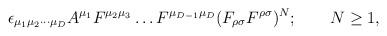
LaTeX: \begin{align*}\epsilon_{\mu_1\mu_2\cdots\mu_D}A^{\mu_1}F^{\mu_2\mu_3}\ldots F^{\mu_{D-1}\mu_D}(F_{\rho\sigma}F^{\rho\sigma})^N; \qquad N \geq 1,\end{align*}